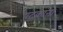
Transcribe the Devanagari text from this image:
षटकांना